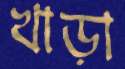
খাড়া